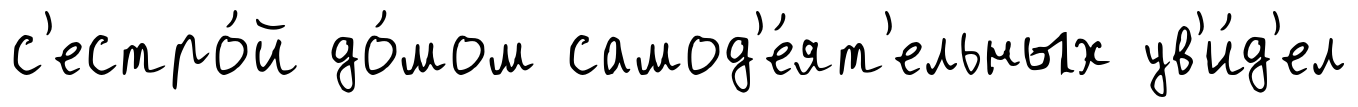
с'естро́й до́мом самод'е́ят'ельных ув'и́д'ел